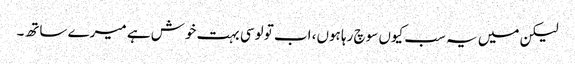
لیکن میں یہ سب کیوں سوچ رہا ہوں، اب تو لوسی بہت خوش ہے میرے ساتھ۔